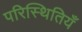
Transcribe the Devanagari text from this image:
परिस्थितियँ